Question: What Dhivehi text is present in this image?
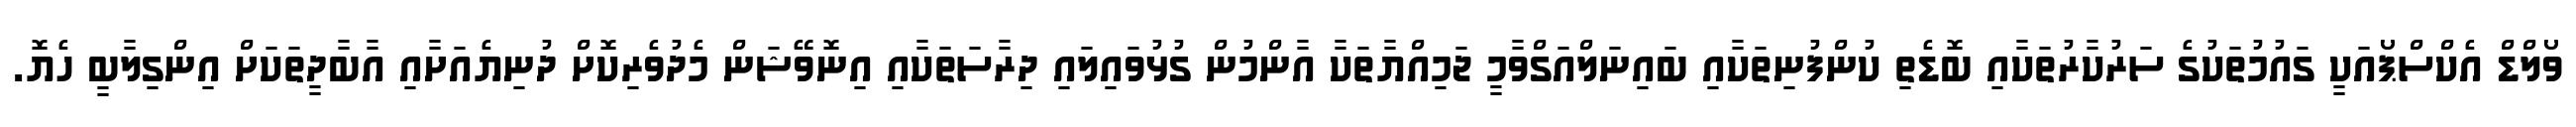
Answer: ވޯލްޑް އެކްސްޕޯއަކީ ގައުމުތަކުގެ ސަރުކާރުތަކާއި ބޮޑެތި ކުންފުނިތަކާއި ބައިނަލްއަގްވާމީ ޖަމިއްޔާތަކާ އާންމުން ގުޅުވައިލައި ދިރާސަތަކާއި އިނޮވޭޝަން މެދުވެރިކޮށް ދުނިޔެއަށާއި އާބާދީތަކަށް އިންގިލާބީ ހެޔޮ.